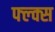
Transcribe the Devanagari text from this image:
फ्ल्क्स